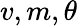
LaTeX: v,m,\theta